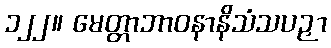
၁၂၂။ မေတ္တာဘာဝနာနိသံသပဉှာ